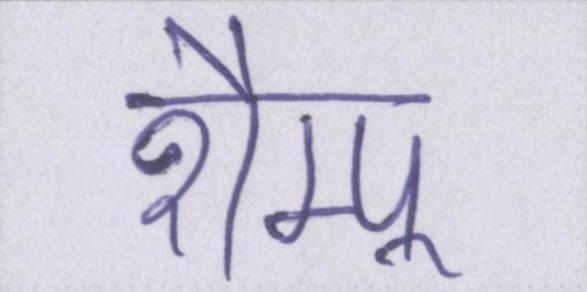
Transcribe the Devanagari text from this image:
शैम्पू